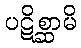
ပဋိစ္ဆာမိ